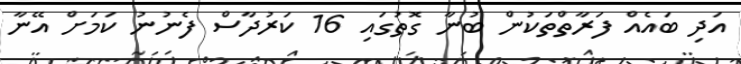
އަދި ބައެއް ފަރާތްތަކުން ބުނާ ގޮތުގައި 16 ކަރުދާސް ފެނުނު ކަމަށް އޭނާ